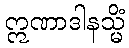
ဣဏာဒါနသ္မိံ